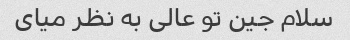
سلام جین تو عالی به نظر میای